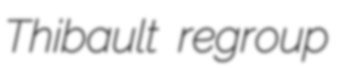
Thibault regroup